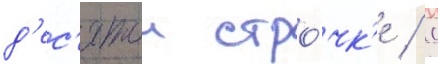
д'ес'ятои стро́чк'е / с